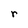
Character: r